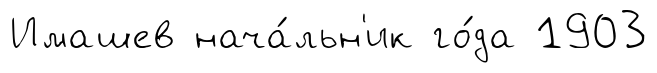
Имашев нача́льн'ик го́да 1903